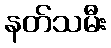
နတ်သမီး